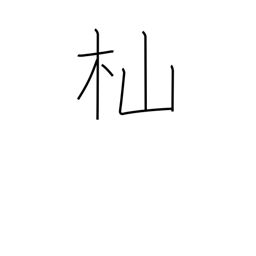
Meaning: woodcutter